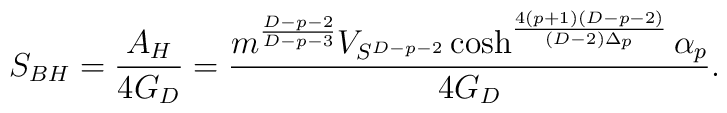
S_{BH}={{A_H}\over{4G_D}}={{m^{{D-p-2}\over{D-p-3}}V_{S^{D-p-2}}\cosh^{{4(p+1)(D-p-2)}\over{(D-2)\Delta_p}}\alpha_p}\over{4G_D}}.